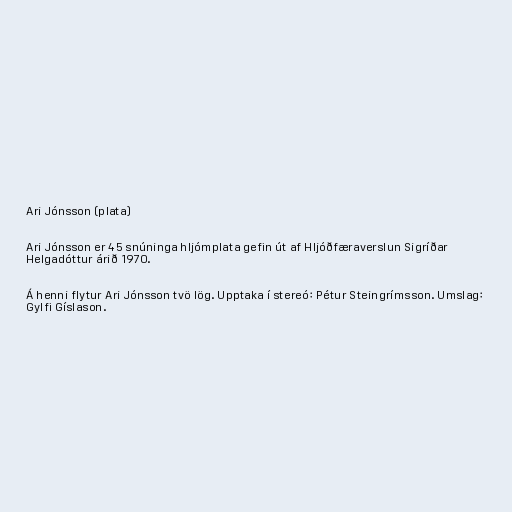
Ari Jónsson (plata)

Ari Jónsson er 45 snúninga hljómplata gefin út af Hljóðfæraverslun Sigríðar
Helgadóttur árið 1970.

Á henni flytur Ari Jónsson tvö lög. Upptaka í stereó: Pétur Steingrímsson. Umslag:
Gylfi Gíslason.